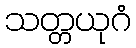
သတ္တယုဂံ